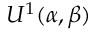
U ^ { 1 } ( \alpha , \beta )